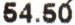
54.50